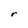
Character: r